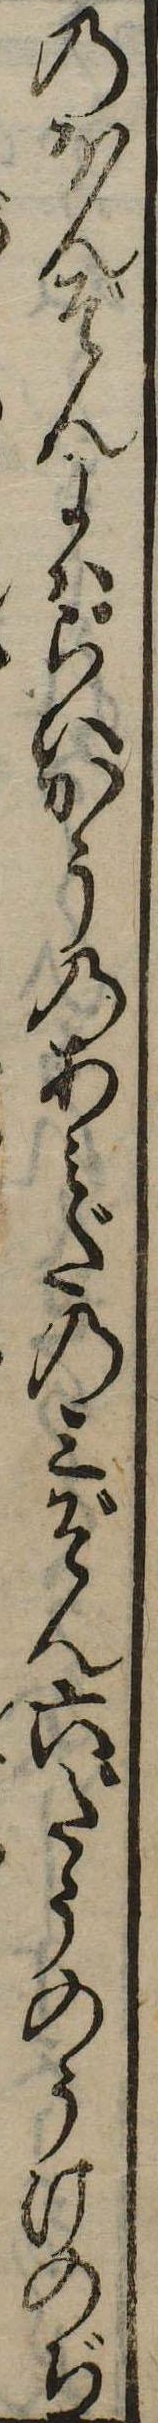
のほんぞんにはらいかうのあみだの三ぞん六だうのうけのぢ